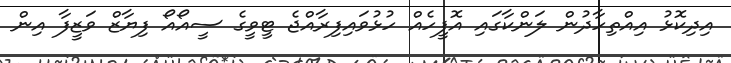
އިދިކޮޅު އިއްތިހާދުން ލަންކާގައި އޮފީހެއް ހުޅުވައިފިރާއްޖެ ޓީވީގެ ސީއޯއޯ ފިޔާޒް ވަޒީފާ އިން